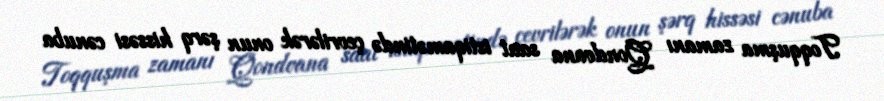
Toqquşma zamanı Qondvana saat istiqamətində çevrilərək onun şərq hissəsi cənuba